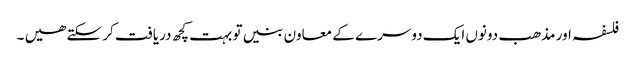
فلسفہ اور مذھب دونوں ایک دوسرے کے معاون بنیں تو بہت کچھ دریافت کر سکتے ھیں ۔